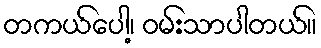
တကယ်ပေါ့၊ ဝမ်းသာပါတယ်။